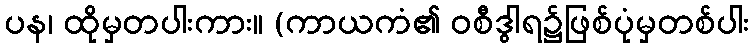
ပန၊ ထိုမှတပါးကား။ (ကာယကံ၏ ဝစီဒွါရ၌ဖြစ်ပုံမှတစ်ပါး